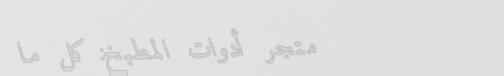
متجر أدوات المطبخ: كل ما